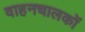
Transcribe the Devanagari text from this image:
वाहनचालकों